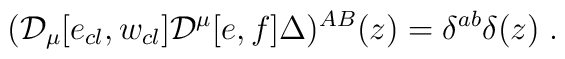
({\cal D}_\mu [e_{cl}, w_{cl}] {\cal D}^\mu [e,f] \Delta)^{AB} (z) =\delta^{ab} \delta (z)\; .